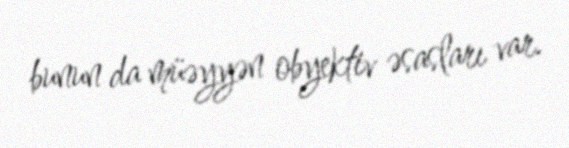
bunun da müəyyən obyektiv əsasları var.